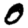
Digit: 0